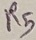
Text: R5